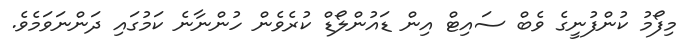
މިފޯމު ކުންފުނީގެ ވެބް ސައިޓް އިން ޑައުންލޯޑް ކުރެވެން ހުންނާނެ ކަމުގައި ދަންނަވަމެވެ.